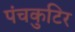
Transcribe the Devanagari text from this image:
पंचकुटिर